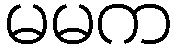
မမက